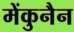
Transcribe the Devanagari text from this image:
मेंकुनैन